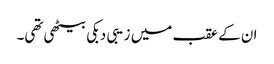
ان کے عقب میں زیبی دبکی بیٹھی تھی۔